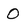
Character: O